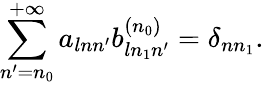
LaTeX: \sum_{n^{\prime}=n_{0}}^{+\infty}a_{lnn^{\prime}}b_{ln_{1}n^{\prime}}^{(n_{0})}=\delta_{nn_{1}}.